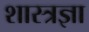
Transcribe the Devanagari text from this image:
शास्त्रज्ञा